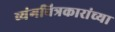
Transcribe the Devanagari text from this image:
व्यंगचित्रकारांच्या